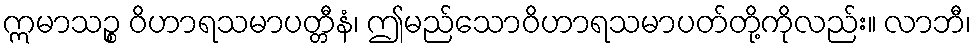
ဣမာသဉ္စ ဝိဟာရသမာပတ္တီနံ၊ ဤမည်သောဝိဟာရသမာပတ်တို့ကိုလည်း။ လာဘီ၊